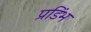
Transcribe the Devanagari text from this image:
प्रडिंभ